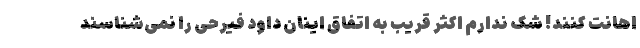
اهانت کنند! شک ندارم اکثر قریب به اتفاق اینان داود فیرحی را نمی‌شناسند